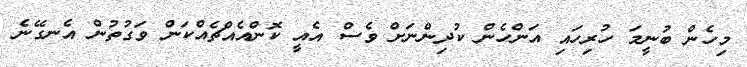
މިހެން ބުނީމަ ހުރިހައި އަންހެން ކުދިންނަށް ވެސް އެއީ ކޮންއެއްޗެއްކަން ވަގުތުން އެނގޭނެ